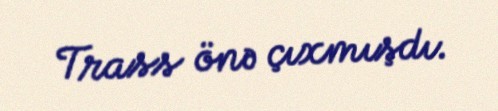
Trass önə çıxmışdı.